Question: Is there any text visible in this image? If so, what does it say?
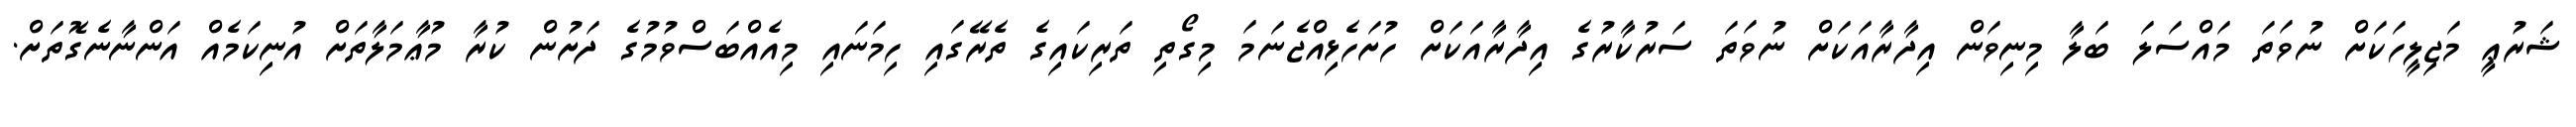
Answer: ޝަރުޢީ މަޖިލީހަކަށް ނުވަތަ މައްސަލަ ބަލާ މިނިވަން އިދާރާއަކަށް ނުވަތަ ސަރުކާރުގެ އިދާރާއަކަށް ހުށަހެޅިއްޖެނަމަ މިގޯތި ތަރިކައިގެ ތެރޭގައި ހިމަނައި މިއެއްބަސްވުމުގެ ދަށުން ކުރާ މުޢާމަލާތަށް އުނިކަމެއް އަންނާނެގޮތަށް.